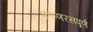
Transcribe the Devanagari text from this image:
करुणरसपूर्ण